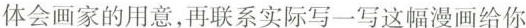
体会画家的用意，再联系实际写一写这幅漫画给你